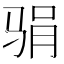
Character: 𱅖